Black-water fever - Number 35
Disease focus: Fever
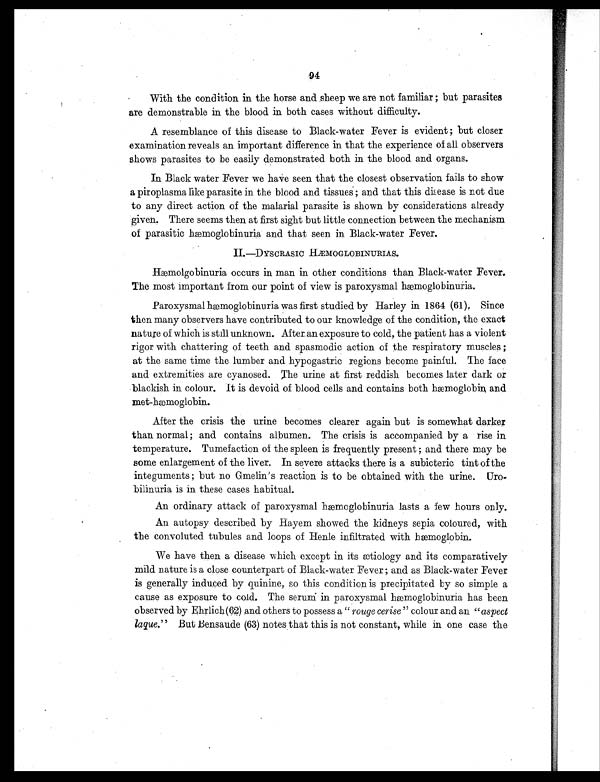
94
With the condition in the horse and sheep we are not familiar ; but parasites
are demonstrable in the blood in both cases without difficulty.
A resemblance of this disease to Black-water Fever is evident ; but closer
examination reveals an important difference in that the experience of all observers
shows parasites to be easily demonstrated both in the blood and organs.
In Black water Fever we have seen that the closest observation fails to show
a piroplasma like parasite in the blood and tissues ; and that this disease is not due
to any direct action of the malarial parasite is shown by considerations already
given. There seems then at first sight but little connection between the mechanism
of parasitic hæmoglobinuria and that seen in Black-water Fever.
I I . — D Y S C R A S I C H Æ M O G L O B I N U R I A S .
Hæmolgobinuria occurs in man in other conditions than Black-water Fever.
The most important from our point of view is paroxysmal hæmoglobinuria.
Paroxysmal hæmoglobinuria was first studied by Harley in 1864 (61), Since
then many observers have contributed to our knowledge of the condition, the exact
nature of which is still unknown. After an exposure to cold, the patient has a violent
rigor with chattering of teeth and spasmodic action of the respiratory muscles ;
at the same time the lumber and hypogastric regions become painful. The face
and extremities are cyanosed. The urine at first reddish becomes later dark or
blackish in colour. it is devoid of blood cells and contains both hæmoglobin and
met-hæmoglobin.
After the crisis the urine becomes clearer again but is somewhat darker
than normal; and contains albumen. The crisis is accompanied by a rise in
temperature. Tumefaction of the spleen is frequently present ; and there may be
some enlargement of the liver. In severe attacks there is a subicteric tint of the
integuments ; but no Gmelin's reaction is to be obtained with the urine. Uro-
bilinuria is in these cases habitual.
An ordinary attack of paroxysmal hæmoglobinuria lasts a few hours only.
An autopsy described by Hayem showed the kidneys sepia coloured, with
the convoluted tubules and loops of Henle infiltrated with hæmoglobin.
We have then a disease which except in its ætiology and its comparatively
mild nature is a close counterpart of Black-water Fever ; and as Black-water Fever
is generally induced by quinine, so this condition is precipitated by so simple a
cause as exposure to cold. The serum in paroxysmal hæmoglobinuria has been
observed by Ehrlich.(62) and others to possess a" r o u g e c e r i s e "c
o l o u r a n d a n "a
s p e c t
laque." But Bensaude (63) notes that this is not constant, while in one case the